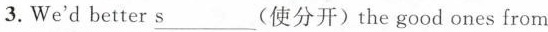
3. We'd better \underline{s}___ (使分开)the good ones from